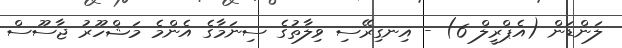
ލަންޑަން (އެޕްރީލް 6) - އިނގިރޭސި ވިލާތުގެ ސިނަމާގެ އެންމެ މަޝްހޫރު ޖާސޫސް